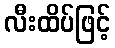
လီးထိပ်ဖြင့်